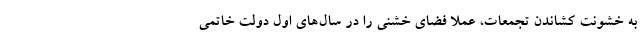
به خشونت کشاندن تجمعات، عملا فضای خشنی را در سال‌های اول دولت خاتمی